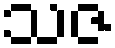
သဇ